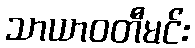
သာယာဝတီမင်း